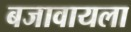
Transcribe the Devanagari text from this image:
बजावायला